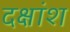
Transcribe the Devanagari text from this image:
दक्षांश